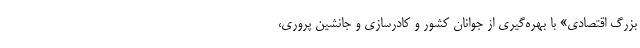
بزرگ اقتصادی» با بهره‌گیری از جوانان کشور و کادرسازی و جانشین پروری،